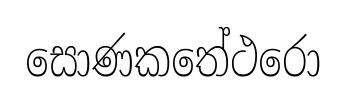
සොණකතේථරො